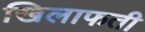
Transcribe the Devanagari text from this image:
खिलाफती